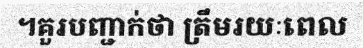
។គួរបញ្ជាក់ថា ត្រឹមរយៈពេល